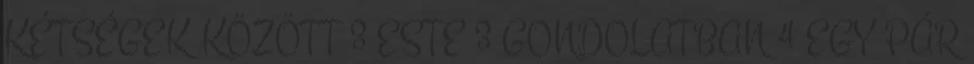
KÉTSÉGEK KÖZÖTT 3 ESTE 3 GONDOLATBAN 4 EGY PÁR